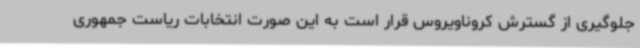
جلوگیری از گسترش کروناویروس قرار است به این صورت انتخابات ریاست جمهوری